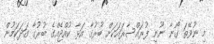
މި ނުވޭތަ ގޯނާ ނޫނީ ފުރައްސާރައަކަށް ބުރުގާ އަޅާ ކުއްޖެއްގެ ބުރުގާ ގަދަކަމުން